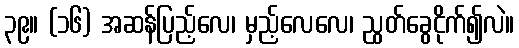
၃၉။ (၁၆) အဆန်ပြည့်လေ၊ မှည့်လေလေ၊ ညွတ်ခွေငိုက်၍လဲ။